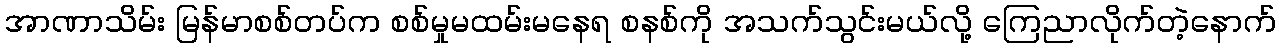
အာဏာသိမ်း မြန်မာစစ်တပ်က စစ်မှုမထမ်းမနေရ စနစ်ကို အသက်သွင်းမယ်လို့ ကြေညာလိုက်တဲ့နောက်